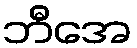
ဘီအေ